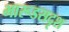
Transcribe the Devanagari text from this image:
भारूडसदृश